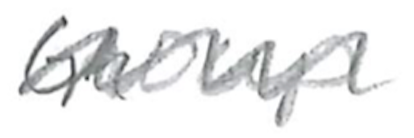
Text: Group
Cross-out: wave
Writing tool: pencil